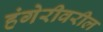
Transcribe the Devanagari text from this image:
हंगेरीवरील